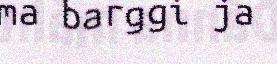
ma barggi ja